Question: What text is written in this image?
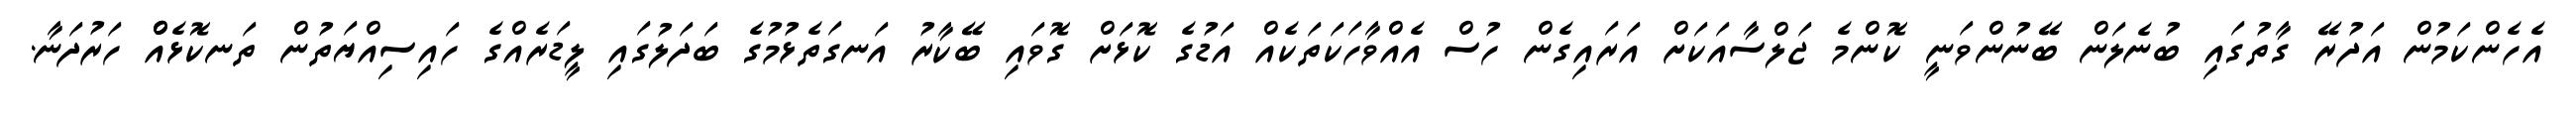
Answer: އެހެންކަމުން އަދުރޭ ގާތުގައި ބުނެލަން ބޭނުންވަނީ ކޮންމެ ޖަލްސާއަކަށް އަރައިގެން ހުސް އެއްވާހަކަތަކެއް އަޑުގެ ކޮޅަށް ގޮވައި ބޭކާރު އަނގަތެޅުމުގެ ބަދަލުގައި ލީޑަރެއްގެ ހައިސިއްޔަތުން ތަނކޮޅެއްް ހަރުދަނާ.